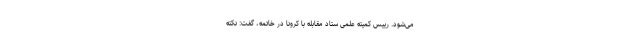
می‌شود. رییس کمیته علمی ستاد مقابله با کرونا در خاتمه، گفت: نکته‌